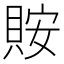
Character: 𧵨